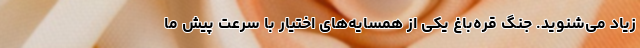
زیاد می‌شنوید. جنگ قره‌باغ یکی از همسایه‌های اختیار با سرعت پیش ما